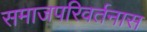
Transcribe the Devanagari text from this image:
समाजपरिवर्तनास